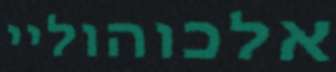
אלכוהוליי